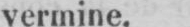
vermine.